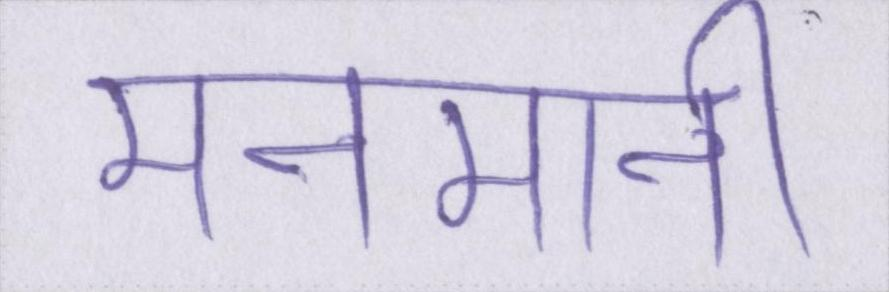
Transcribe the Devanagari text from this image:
मनमानी